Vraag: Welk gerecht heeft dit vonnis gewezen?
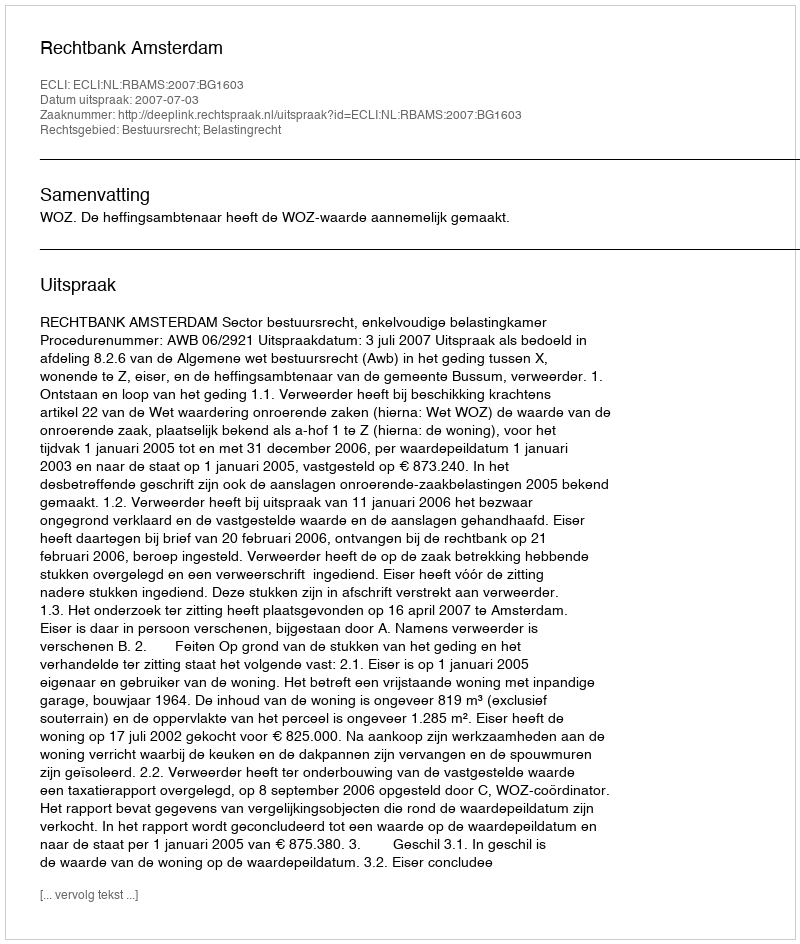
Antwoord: Rechtbank Amsterdam